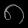
Digit: ၈